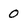
Character: 0